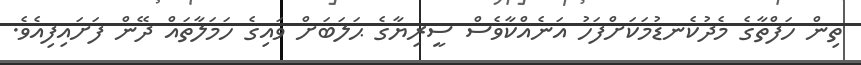
ތިން ހަފްތާގެ މެދުކެނޑުމަކަށްފަހު އަނެއްކާވެސް ސީރިޔާގެ ޙަލަބަށް ވައިގެ ހަމަލާތައް ދޭން ފަށައިފިއެވެ.